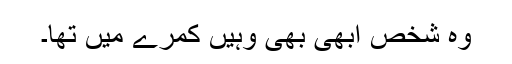
وہ شخص ابھی بھی وہیں کمرے میں تھا۔